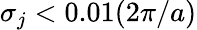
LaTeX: \sigma_{j}<0.01(2\pi/a)